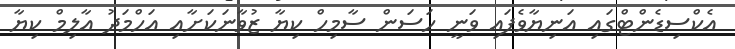
އެކްސިޑެންޓްގައި އަނިޔާވެފައި ވަނީ ހަސަން ސާމިހް ކިޔާ ޒުވާނަކަށާއި އަހްމަދު އާލިމް ކިޔާ